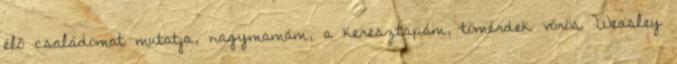
élő családomat mutatja, nagymamám, a keresztapám, tömérdek vörös Weasley